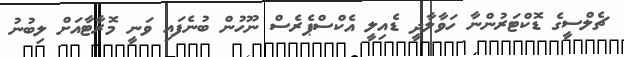
ޗެލްސީގެ ޑޮކްޓަރުންނާ ހަވާލާދީ ޑެއިލީ އެކްސްޕެރެސް ނޫހުން ބުނެފައި ވަނީ މޮރާޓާއަށް ލިބުނު